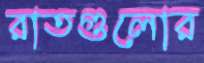
রাতগুলোর